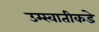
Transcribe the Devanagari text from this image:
उम्स्वातीकडे